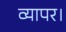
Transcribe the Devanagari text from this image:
व्यापर।